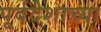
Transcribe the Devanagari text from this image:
पूर्वदेशाच्या